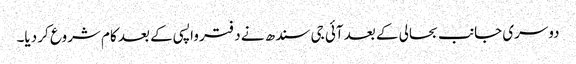
دوسری جانب بحالی کے بعد آئی جی سندھ نے دفتر واپسی کے بعد کام شروع کر دیا۔